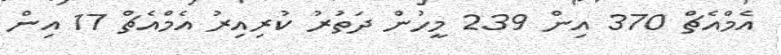
އެމްއެޗް 370 އިން 239 މީހުން ދަތުރު ކުރިއިރު އެމްއެޗް 17 އިން